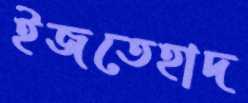
ইজতেহাদ